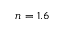
n = 1 . 6